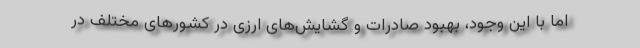
اما با این وجود، بهبود صادرات و گشایش‌های ارزی در کشورهای مختلف در